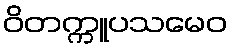
ဝိတက္ကူပသမေဝ